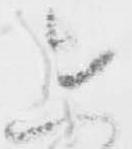
在